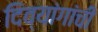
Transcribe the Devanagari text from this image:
दिव्यांगांची